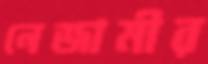
নেজামীর